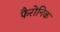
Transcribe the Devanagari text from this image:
फैरोनिक